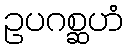
ဥပဂစ္ဆဟံ